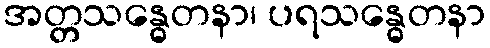
အတ္တသန္ဓေတနာ၊ ပရသန္ဓေတနာ